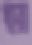
ধারা